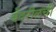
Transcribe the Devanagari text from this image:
बेंदरीलची